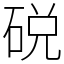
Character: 䂱